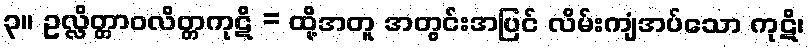
၃။ ဥလ္လိတ္တာဝလိတ္တကုဋိ = ထို့အတူ အတွင်းအပြင် လိမ်းကျံအပ်သော ကုဋိ၊